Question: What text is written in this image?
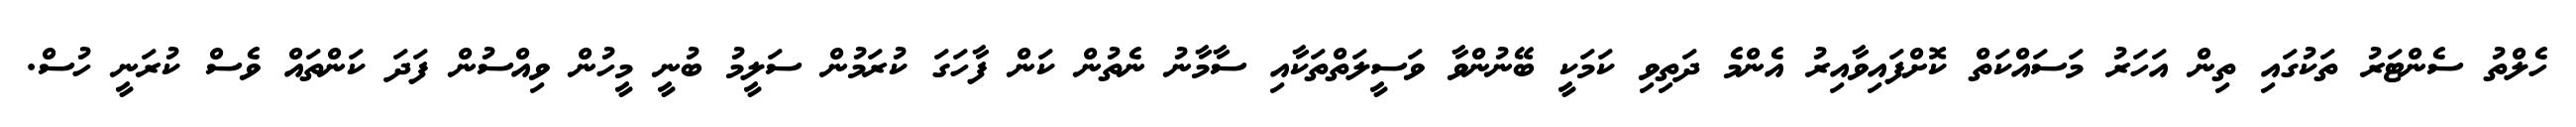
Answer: ހެލްތު ސެންޓަރު ތަކުގައި ތިން އަހަރު މަސައްކަތް ކޮށްފައިވާއިރު އެންމެ ދަތިވި ކަމަކީ ބޭނުންވާ ވަސީލަތްތަކާއި ސާމާނު ނެތުން ކަން ފާހަގަ ކުރަމުން ސަލީމު ބުނީ މީހުން ވިއްސުން ފަދަ ކަންތައް ވެސް ކުރަނީ ހުސް.